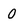
Character: 0